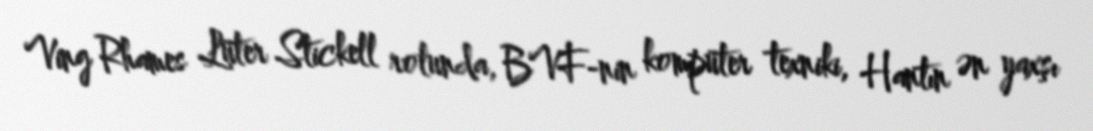
Ving Rhames Lüter Stickell rolunda, BVF-nin kompüter texniki, Hantın ən yaxşı